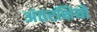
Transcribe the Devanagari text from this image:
अंतरक्षियों